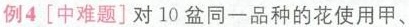
例4[中难题]对10盆同一品种的花使用甲、